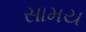
સામય